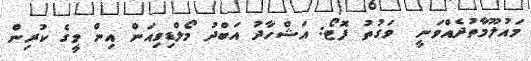
މައުލޫމާތުދެއްވަނީ  ވަގުތު ފޮޓޯ: އަޝްހާދު އަބްދު މޯލްޑިވިއަން އިން މީގެ ކުރިން